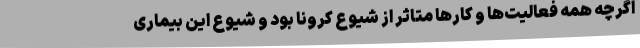
اگرچه همه فعالیت‌ها و کارها متاثر از شیوع کرونا بود و شیوع این بیماری